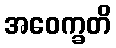
အဝေက္ခတိ